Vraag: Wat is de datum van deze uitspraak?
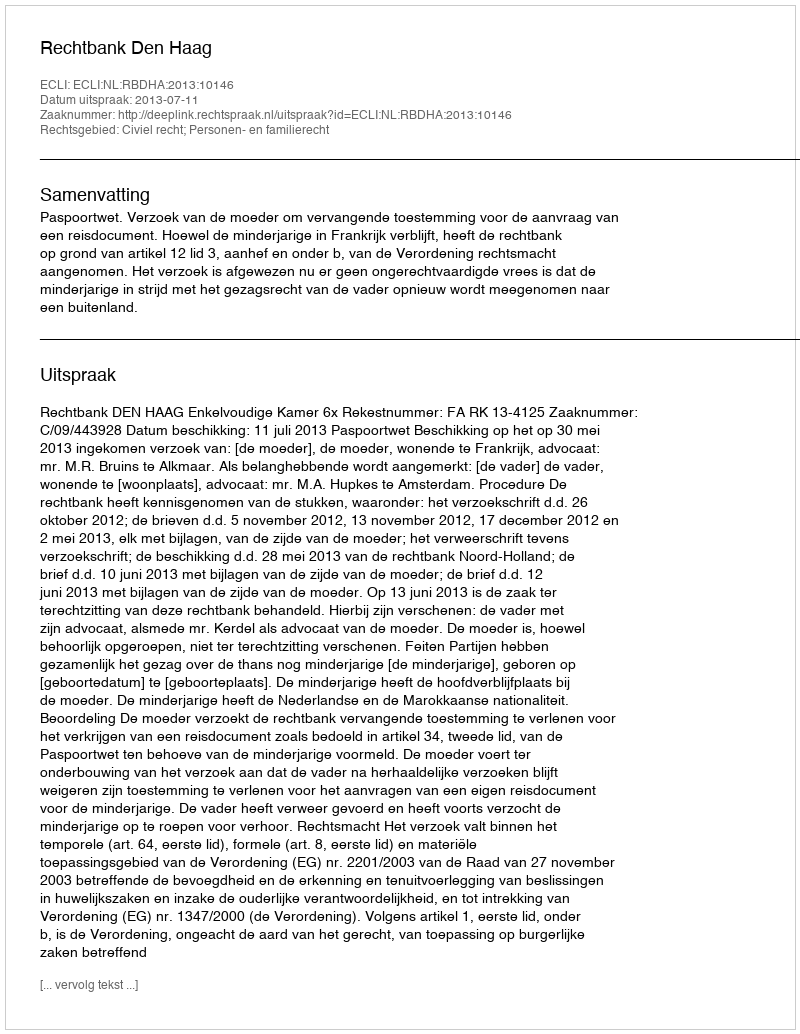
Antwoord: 2013-07-11